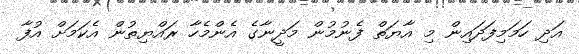
އަދި ހަމަމިފަދައިން މި އާޔަތް ފެނުމުން މަދީނާގެ އެންމެހާ ރައްޔިތުން އެކަމަށް އުފާ